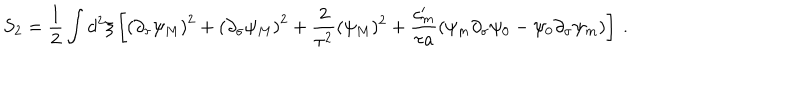
S _ { 2 } = \frac { 1 } { 2 } \int d ^ { 2 } \xi \left[ \left( \partial _ { \tau } \psi _ { M } \right) ^ { 2 } + \left( \partial _ { \sigma } \psi _ { M } \right) ^ { 2 } + \frac { 2 } { \tau ^ { 2 } } ( \psi _ { M } ) ^ { 2 } + \frac { c _ { m } ^ { \prime } } { \tau a } \left( \psi _ { m } \partial _ { \sigma } \psi _ { 0 } - \psi _ { 0 } \partial _ { \sigma } \psi _ { m } \right) \right] \: .